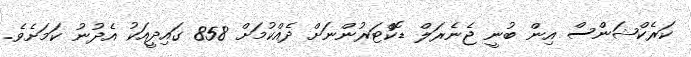
ކަރެކްޝަންސް އިން ބުނީ ޖެނެރަލް ޑޮކްޓަރުންނަށް ދެއްކުމަށް 858 ގައިދީއަކު އެދުނު ކަމަށެވެ.